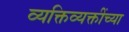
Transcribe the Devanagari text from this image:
व्यक्तिव्यक्तींच्या